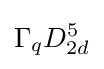
\Gamma _{q}D_{2d}^{5}